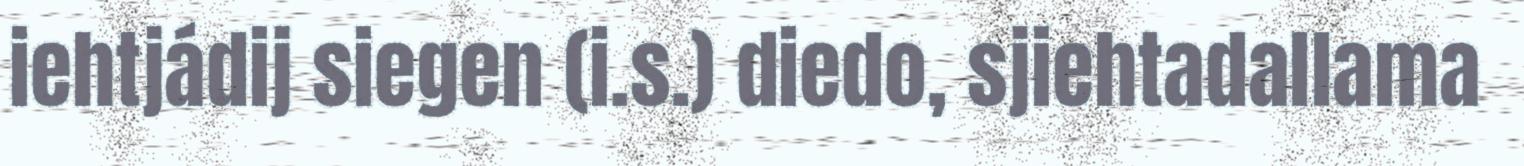
iehtjádij siegen (i.s.) diedo, sjiehtadallama